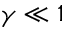
\gamma \ll 1